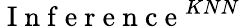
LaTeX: \mathrm{~I~n~f~e~r~e~n~c~e~}^{KNN}